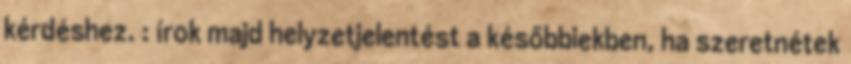
kérdéshez. : írok majd helyzetjelentést a későbbiekben, ha szeretnétek